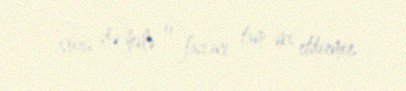
sözü də hələ o faciəni tam əks etdirmir.